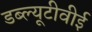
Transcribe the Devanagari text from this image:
डब्ल्यूटीवीई